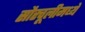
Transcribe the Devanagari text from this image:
सौरचूलीमध्ये